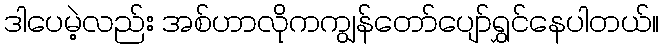
ဒါပေမဲ့လည်း အစ်ဟာလိုကကျွန်တော်ပျော်ရွှင်နေပါတယ်။